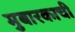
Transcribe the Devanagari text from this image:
मुबारकाची